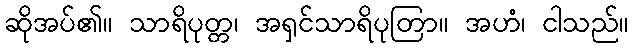
ဆိုအပ်၏။ သာရိပုတ္တ၊ အရှင်သာရိပုတြာ။ အဟံ၊ ငါသည်။